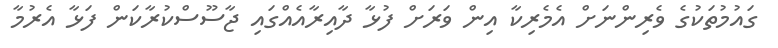
ގައުމުތަކުގެ ވެރިންނަށް އެމެރިކާ އިން ވަރަށް ފުޅާ ދާއިރާއެއްގައި ޖާސޫސްކުރާކަން ފަޅާ އެރުމާ